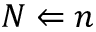
N \Leftarrow n